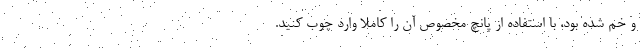
و خم شده بود، با استفاده از پانچ مخصوص آن را کاملا وارد چوب کنید.